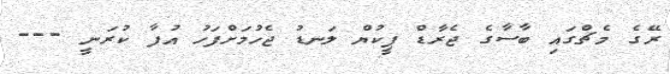
ރޭގެ މެޗްގައި ބާސާގެ ޖެރާޑް ޕީކުޔް ލަނޑު ޖެހުމަށްފަހު އުފާ ކުރަނީ ---